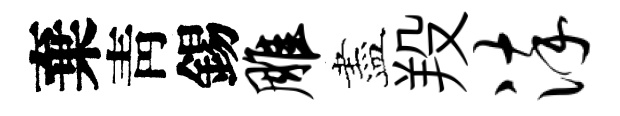
棄靑錫雕盡羖淬